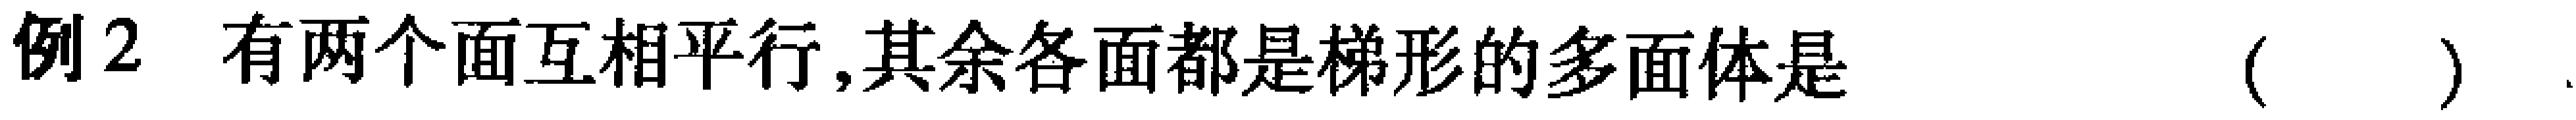
例2 有两个面互相平行,其余各面都是梯形的多面体是 （  ）